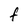
Character: F